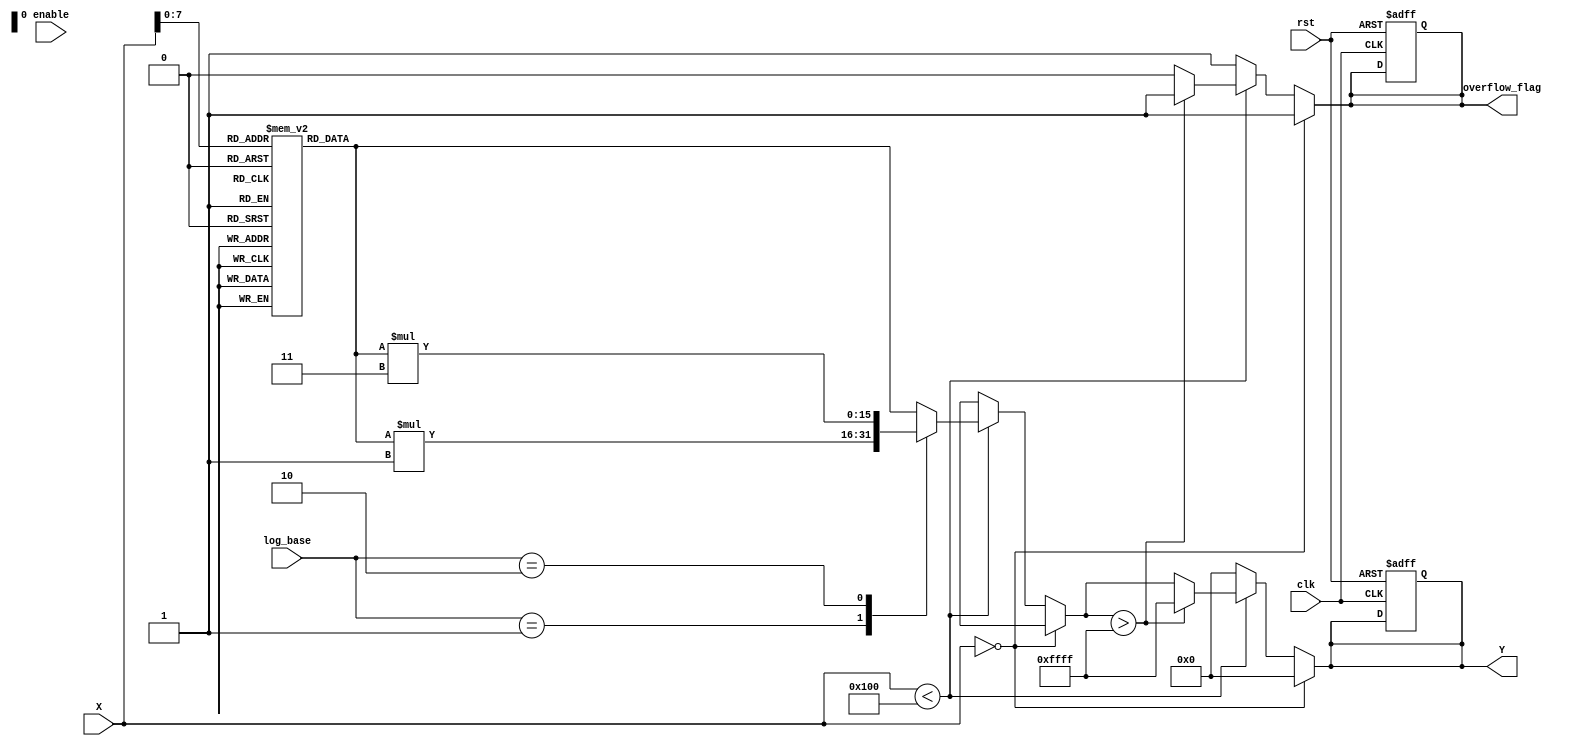
module logarithmic_scaling_circuit (
    input wire clk,                       // Clock signal
    input wire rst,                       // Reset signal
    input wire enable,                    // Enable signal
    input wire [15:0] X,                 // Input data (assumed to be 16 bits)
    input wire [1:0] log_base,            // Control signal to select logarithmic base (00: base 2, 01: base e, 10: base 10)
    output reg [15:0] Y,                  // Logarithmic output (16 bits)
    output reg overflow_flag               // Overflow flag
);

    // Lookup table for logarithm approximation (base 2, e, and 10)
    reg [15:0] log_lut[0:255]; // LUT for values 1 to 255 (for example)
    
    // Initialization of lookup table
    initial begin
        // Fill the LUT with logarithmic values (base 2)
        log_lut[1] = 0;   // log2(1) = 0
        // log_lut[i] = log2(i) for i from 2 to 255 (use appropriate values)
        // For illustration, we'll just initialize a few values.
        log_lut[2] = 1;
        log_lut[3] = 2;  // and so on...
        // This LUT should be filled up accurately based on the logarithmic function.
    end

    // Combinatorial logic for overflow detection
    always @(*) begin
        if (X == 0) begin
            Y = 0;  // log(0) is undefined; output zero by convention
            overflow_flag = 1; // Set overflow flag for undefined operation
        end else begin
            // Default values
            Y = 0;
            overflow_flag = 0;

            if (X < 256) begin
                case (log_base)
                    2'b00: Y = log_lut[X];  // Base 2
                    2'b01: Y = log_lut[X] * 1; // Base e (approximation, scaling needed)
                    2'b10: Y = log_lut[X] * 3; // Base 10 (approximation, scaling needed)
                    default: Y = log_lut[X]; // Default to base 2
                endcase
                
                // Check for overflow
                if (Y > 16'hFFFF) begin
                    Y = 16'hFFFF; // Cap the output to max value
                    overflow_flag = 1; // Set overflow flag
                end
            end else begin
                overflow_flag = 1; // Set overflow flag for out of LUT range
            end
        end
    end

    // Sequential logic for output on clock edge
    always @(posedge clk or posedge rst) begin
        if (rst) begin
            Y <= 0;
            overflow_flag <= 0;
        end else if (enable) begin
            // Assign values only when enabled
            if (X != 0) begin
                // Output logic can be adapted as per need
                // Register the calculated Y and overflow_flag
                // This is where you would typically move combinatorial to registered output
            end
        end
    end
endmodule